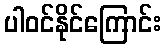
ပါဝင်နိုင်ကြောင်း